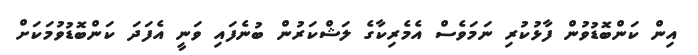
އިން ކަންބޮޑުވުން ފާޅުކުރި ނަމަވެސް އެމެރިކާގެ ލަޝްކަރުން ބުނެފައި ވަނީ އެފަދަ ކަންބޮޑުވުމަކަށް